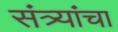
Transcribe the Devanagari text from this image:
संत्र्यांचा